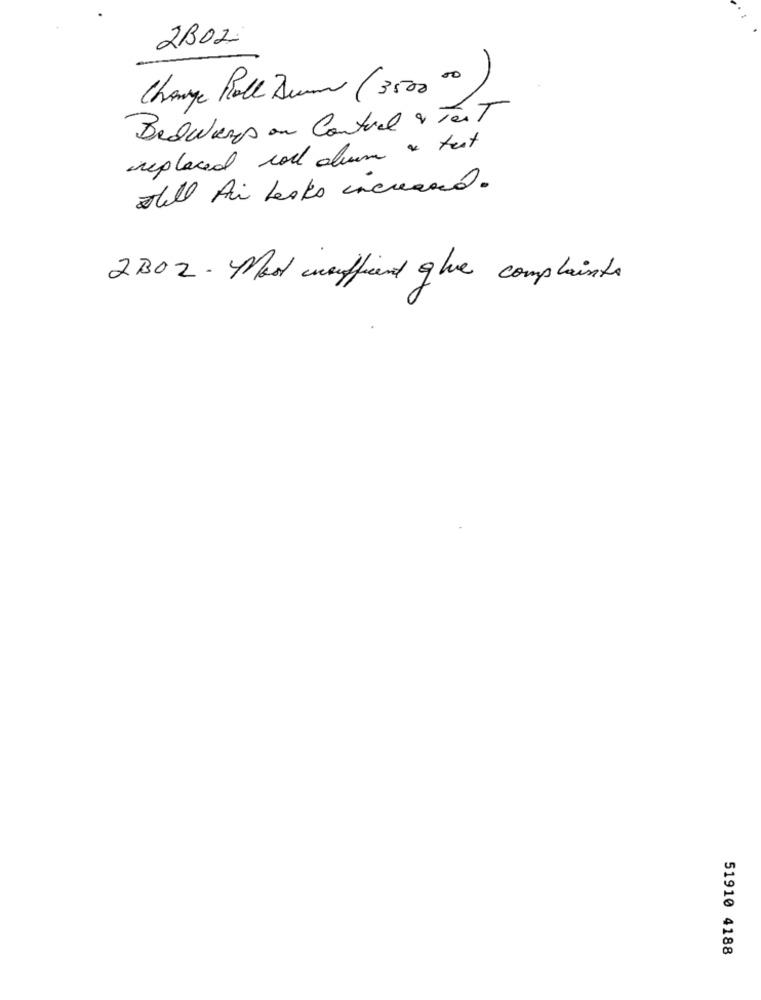
2BOZ
Change Roll Buren (3500 00)
Bedwars on Contral & Test
inplaced roll drum & test
Shell Ai Leaks increased.
2302 . Most wnufficend glue complaints
51910 4188